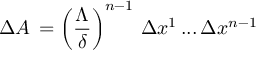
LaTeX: \, \Delta A \, = \left( \frac { \Lambda } { \delta } \right) ^ { n - 1 } \, \Delta x ^ { 1 } \, . . . \, \Delta x ^ { n - 1 } \,